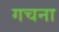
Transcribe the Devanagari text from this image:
गचना